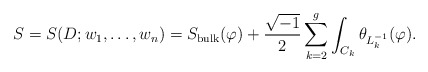
\begin{align*}S=S(D;w_{1},\dots,w_{n})=S_{\mathrm{bulk}}(\varphi)+\frac{\sqrt{-1}}{2}\sum_{k=2}^{g}\int_{C_{k}}\theta_{L_{k}^{-1}}(\varphi).\end{align*}